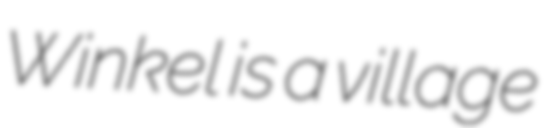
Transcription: Winkel is a village